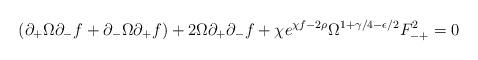
LaTeX: \begin{align*}(\partial_+\Omega\partial_-f + \partial_-\Omega\partial_+f)+2\Omega\partial_+\partial_-f+ \chi e^{\chi f-2\rho}\Omega^{1+\gamma/4 -\epsilon/2}F_{-+}^2=0\end{align*}